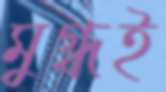
মুগ্ধই